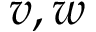
v , w